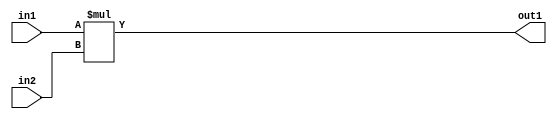
`timescale 1ps / 1ps
/*****************************************************************************
    Verilog RTL Description
    
    
    Created by: Stratus DpOpt 2019.1.01 
*******************************************************************************/

module st_weight_addr_gen_Mul_16Ux16U_32U_4 (
	in2,
	in1,
	out1
	); /* architecture "behavioural" */ 
input [15:0] in2,
	in1;
output [31:0] out1;
wire [31:0] asc001;

assign asc001 = 
	+(in1 * in2);

assign out1 = asc001;
endmodule

/* CADENCE  ubDxTgA= : u9/ySgnWtBlWxVPRXgAZ4Og= ** DO NOT EDIT THIS LINE ******/